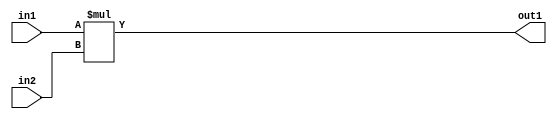
`timescale 1ps / 1ps
/*****************************************************************************
    Verilog RTL Description
    
    
    Created by: Stratus DpOpt 2019.1.01 
*******************************************************************************/

module st_weight_addr_gen_Mul_16Ux16U_32U_4 (
	in2,
	in1,
	out1
	); /* architecture "behavioural" */ 
input [15:0] in2,
	in1;
output [31:0] out1;
wire [31:0] asc001;

assign asc001 = 
	+(in1 * in2);

assign out1 = asc001;
endmodule

/* CADENCE  ubDxTgA= : u9/ySgnWtBlWxVPRXgAZ4Og= ** DO NOT EDIT THIS LINE ******/